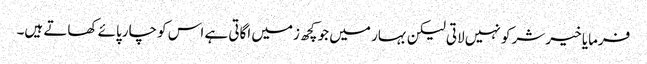
فرمایا خیر شر کو نہیں لاتی لیکن بہار میں جو کچھ زمیں اگاتی ہے اس کو چارپائے کھاتے ہیں۔